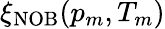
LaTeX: \xi_{\mathrm{NOB}}(p_{m},T_{m})